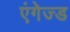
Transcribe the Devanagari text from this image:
एंगेज्ड